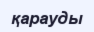
қарауды